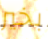
بخير